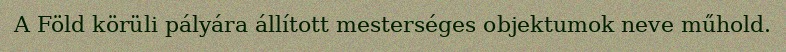
A Föld körüli pályára állított mesterséges objektumok neve műhold.